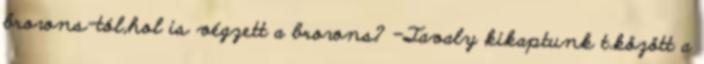
browns-tól,hol is végzett a browns? -Tavaly kikaptunk t.között a